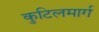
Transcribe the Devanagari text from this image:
कुटिलमार्ग